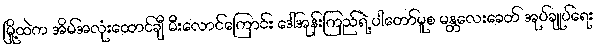
မြို့ထဲက အိမ်အလုံးထောင်ချီ မီးလောင်ကြောင်း ဒေါ်အုန်းကြည်ရဲ့ ပါတော်မူစ မန္တလေးခေတ် အုပ်ချုပ်ရေး